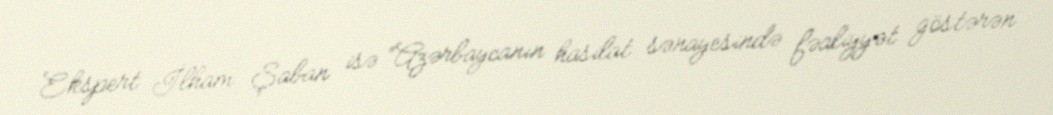
Ekspert İlham Şaban isə “Azərbaycanın hasilat sənayesində fəaliyyət göstərən